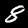
Label: 8